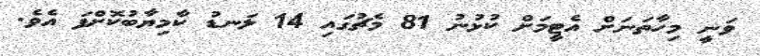
ވަނީ މިހާތަނަށް އެޓީމަށް ކުޅުނު 81 މެޗުގައި 14 ލަނޑު ކާމިޔާބުކޮށްފަ އެވެ.